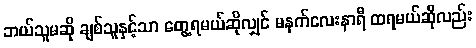
ဘယ်သူမဆို ချစ်သူနှင့်သာ တွေ့ရမယ်ဆိုလျှင် မနက်လေးနာရီ ထရမယ်ဆိုလည်း